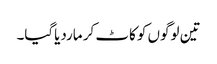
تین لوگوں کو کاٹ کر ماردیاگیا۔